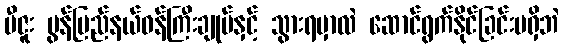
မီဇူး မွန်ပြည်နယ်ဝန်ကြီးချုပ်နှင့် သွားရမှာလဲ ဆောင်ရွက်နိုင်ခြင်းမရှိဘဲ